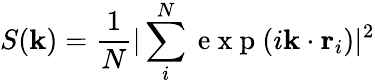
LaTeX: S(\textbf{k})=\frac{1}{N}|\sum_{i}^{N}\mathrm{~e~x~p~}(i\textbf{k}\cdot\textbf{r}_{i})|^{2}